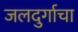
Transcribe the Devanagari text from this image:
जलदुर्गाचा